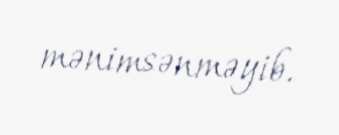
mənimsənməyib.